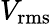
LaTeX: V_{\mathrm{rms}}